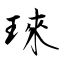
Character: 琜